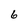
Character: 6